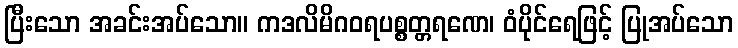
ပြီးသော အခင်းအပ်သော။ ကဒလိမိဂဝရပစ္စတ္တရဏေ၊ ဝံပိုင်ရေဖြင့် ပြုအပ်သော